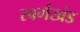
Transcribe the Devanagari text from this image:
स्वर्गखंड